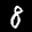
Label: 8